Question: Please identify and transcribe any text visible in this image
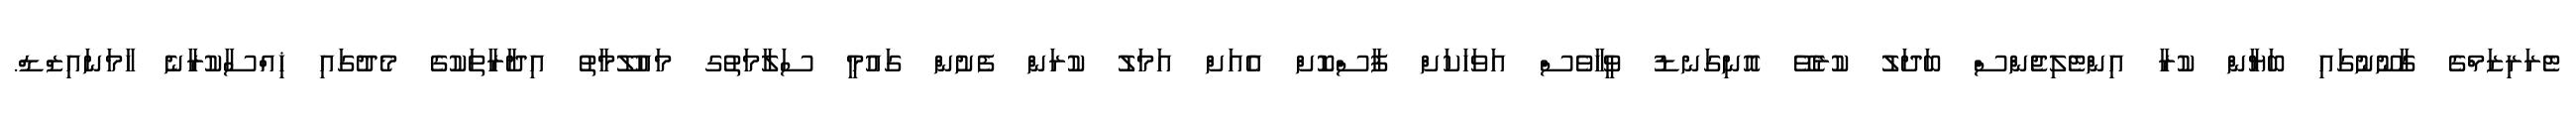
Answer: ޓެރަރިޒަމްގެ ގާނޫނުގައި ބަޔާން ކުރާ އިންޓެލިޖެންސް ބަދަލު ކުރެވޭ އޮނިގަނޑު ވީހާވެސް އަވަހަކަށް ފާސްކޮށް އެއަށް އަމަލު ކުރަން ފެށުން ގައުމީ ސަލާމަތުގ މައުލޫމާތު އިދާރާތަކުގެ މެދުގައި ޚިއްސާކުރާނެ ހާމަނައިޒްޑް.